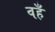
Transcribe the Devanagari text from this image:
वहँ